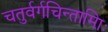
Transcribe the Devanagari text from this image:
चतुर्वर्गचिन्तामािः